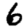
Digit: 6